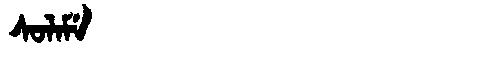
Manchu: ᠰᠣᠯᠠᠮᡝ
Romanization: SOLAME